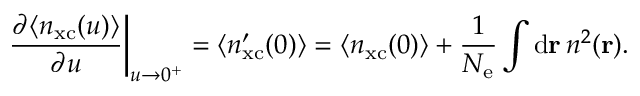
\left. \frac { \partial \langle n _ { \mathrm { x c } } ( u ) \rangle } { \partial u } \right\vert _ { u \rightarrow 0 ^ { + } } = \langle n _ { \mathrm { x c } } ^ { \prime } ( 0 ) \rangle = \langle n _ { \mathrm { x c } } ( 0 ) \rangle + \frac { 1 } { \ensuremath { N _ { \mathrm { e } } } } \int \mathrm { d } \ensuremath { \mathbf { r } } \, n ^ { 2 } ( \ensuremath { \mathbf { r } } ) .